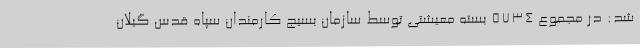
شد: در مجموع 5734 بسته معیشتی توسط سازمان بسیج کارمندان سپاه قدس گیلان